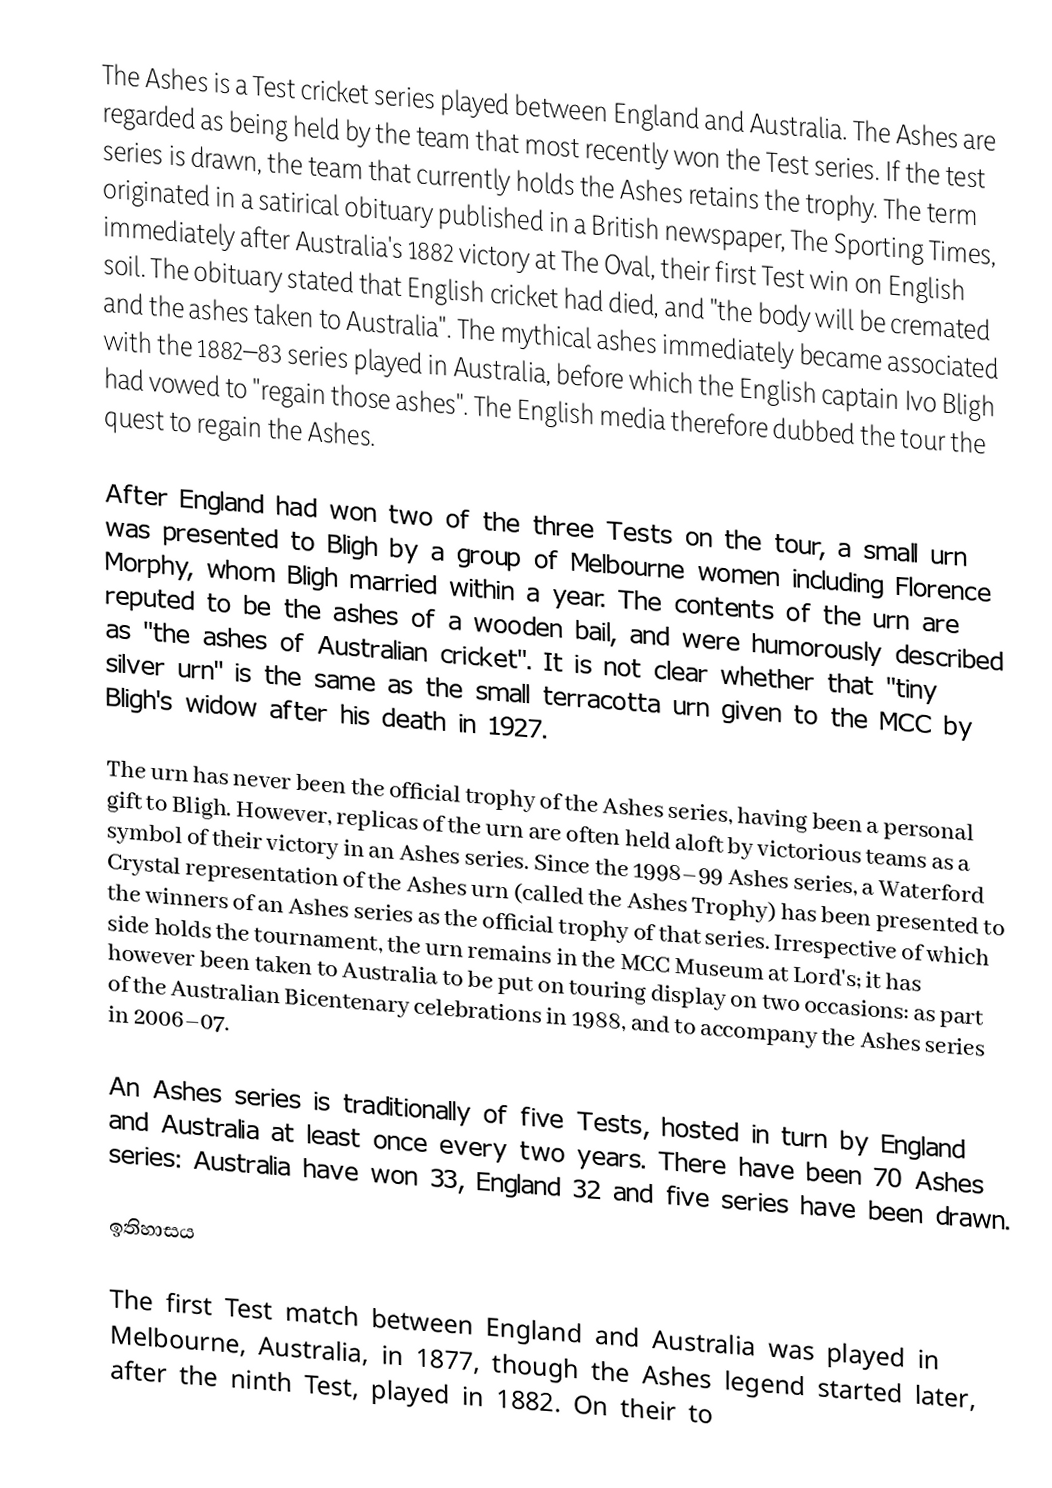
The Ashes is a Test cricket series played between England and Australia. The Ashes are regarded as being held by the team that most recently won the Test series. If the test series is drawn, the team that currently holds the Ashes retains the trophy. The term originated in a satirical obituary published in a British newspaper, The Sporting Times, immediately after Australia's 1882 victory at The Oval, their first Test win on English soil. The obituary stated that English cricket had died, and "the body will be cremated and the ashes taken to Australia". The mythical ashes immediately became associated with the 1882–83 series played in Australia, before which the English captain Ivo Bligh had vowed to "regain those ashes". The English media therefore dubbed the tour the quest to regain the Ashes.

After England had won two of the three Tests on the tour, a small urn was presented to Bligh by a group of Melbourne women including Florence Morphy, whom Bligh married within a year. The contents of the urn are reputed to be the ashes of a wooden bail, and were humorously described as "the ashes of Australian cricket". It is not clear whether that "tiny silver urn" is the same as the small terracotta urn given to the MCC by Bligh's widow after his death in 1927.

The urn has never been the official trophy of the Ashes series, having been a personal gift to Bligh. However, replicas of the urn are often held aloft by victorious teams as a symbol of their victory in an Ashes series. Since the 1998–99 Ashes series, a Waterford Crystal representation of the Ashes urn (called the Ashes Trophy) has been presented to the winners of an Ashes series as the official trophy of that series. Irrespective of which side holds the tournament, the urn remains in the MCC Museum at Lord's; it has however been taken to Australia to be put on touring display on two occasions: as part of the Australian Bicentenary celebrations in 1988, and to accompany the Ashes series in 2006–07.

An Ashes series is traditionally of five Tests, hosted in turn by England and Australia at least once every two years. There have been 70 Ashes series: Australia have won 33, England 32 and five series have been drawn.

ඉතිහාසය

The first Test match between England and Australia was played in Melbourne, Australia, in 1877, though the Ashes legend started later, after the ninth Test, played in 1882. On their to